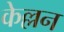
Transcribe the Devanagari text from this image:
केल्लन